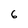
Character: 6